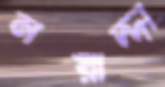
নয়াদ্দা